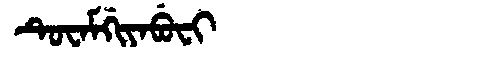
Manchu: ᡨᡠᠸᠠᠮᡤᡳᠶᠠᠪᡠᠸᡳ
Romanization: TUWAMGIYABUFI